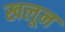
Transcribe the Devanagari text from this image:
खलून